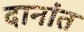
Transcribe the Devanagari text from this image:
दानांत